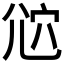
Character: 𡯠